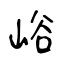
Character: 峪